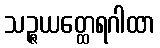
သဉ္ဇယတ္ထေရဂါထာ